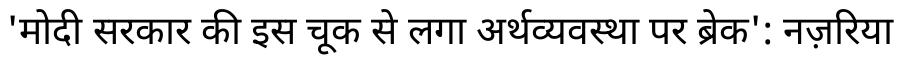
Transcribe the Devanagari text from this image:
'मोदी सरकार की इस चूक से लगा अर्थव्यवस्था पर ब्रेक': नज़रिया